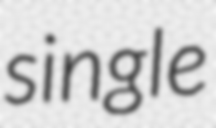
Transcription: single